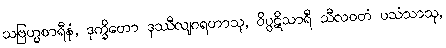
သဗြဟ္မစာရီနံ, ဒုက္ခိတော ဒုဿီလျဂရဟာသု, ဝိပ္ပဋိသာရီ သီလဝတံ ပသံသာသု,